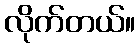
လိုက်တယ်။